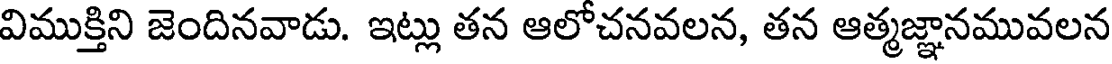
విముక్తిని జెందినవాడు. ఇట్లు తన ఆలోచనవలన, తన ఆత్మజ్ఞానమువలన